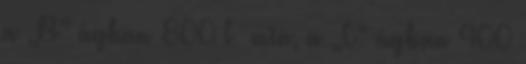
a „B” ágban 800 l min, a „C” ágban 400